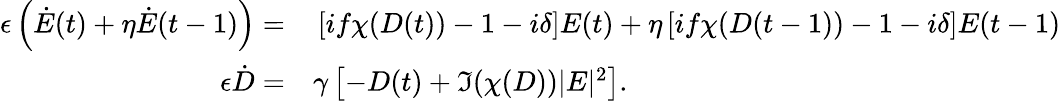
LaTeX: \begin{array}{rl}{\epsilon\left(\dot{E}(t)+\eta\dot{E}(t-1)\right)=}&{{}\left[if\chi(D(t))-1-i\delta\right]E(t)+\eta\left[if\chi(D(t-1))-1-i\delta\right]E(t-1)}\\ {\epsilon\dot{D}=}&{{}\gamma\left[-D(t)+\Im(\chi(D))|E|^{2}\right].}\end{array}